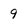
Character: 9